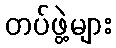
တပ်ဖွဲ့များ